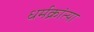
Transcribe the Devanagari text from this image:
धर्मक्रांत्या